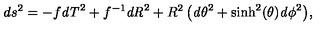
d s ^ { 2 } = { \displaystyle - f { \it d T } ^ { 2 } + f ^ { - 1 } { \it d R } ^ { 2 } + R ^ { 2 } \left( { \it d \theta } ^ { 2 } + \sinh ^ { 2 } ( \theta ) { \it d \phi } ^ { 2 } \right) } ,